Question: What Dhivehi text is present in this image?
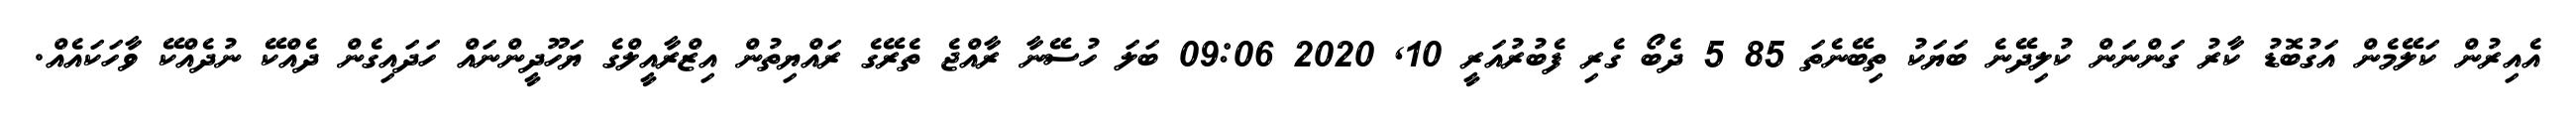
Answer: އެއިރުން ކަލޭމެން އަގުބޮޑު ކާރު ގަންނަން ކުލިދޭނެ ބަޔަކު ތިބޭނެތަ 85 5 ދެބޯ ގެރި ފެބުރުއަރީ 10, 2020 09:06 ބަލަ ހުސޭނާ ރާއްޖެ ތެރޭގެ ރައްޔިތުން އިޒްރާއީލްގެ ޔަހޫދީންނައް ހަދައިގެން ދެއްކޭ ނުދެއްކޭ ވާހަކައެއް.